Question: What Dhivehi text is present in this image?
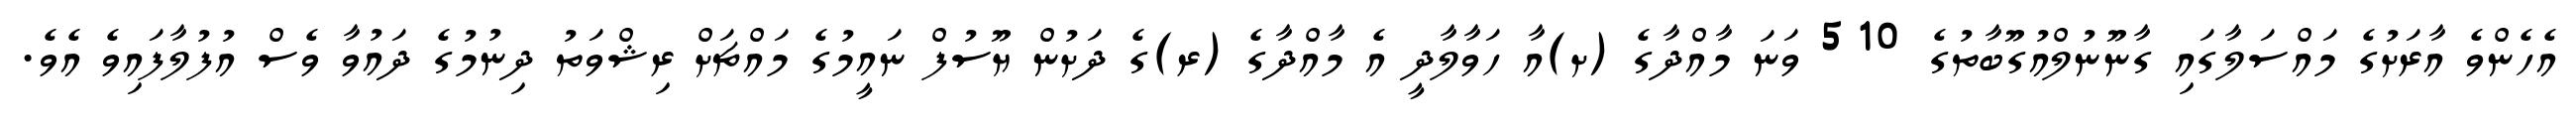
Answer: އެހެންވެ އާރަށުގެ މައްސަލާގައި ގާނޫނުލްއުގޫބާތުގެ 510 ވަނަ މާއްދާގެ (ށ)އާ ހަވާލާދީ އެ މާއްދާގެ (ރ)ގެ ދަށުން ޔޫސުފް ނައީމުގެ މައްޗަށް ރިޝްވަތު ދިނުމުގެ ދައުވާ ވެސް އުފުލާފައިވެ އެވެ.